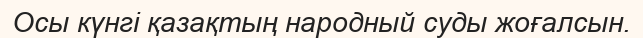
Осы күнгі қазақтың народный суды жоғалсын.